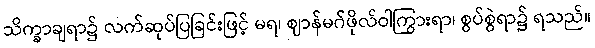
သိက္ခာချရာ၌ လက်ဆုပ်ပြခြင်းဖြင့် မရ၊ ဈာန်မဂ်ဖိုလ်ဝါကြွားရာ၊ စွပ်စွဲရာ၌ ရသည်။